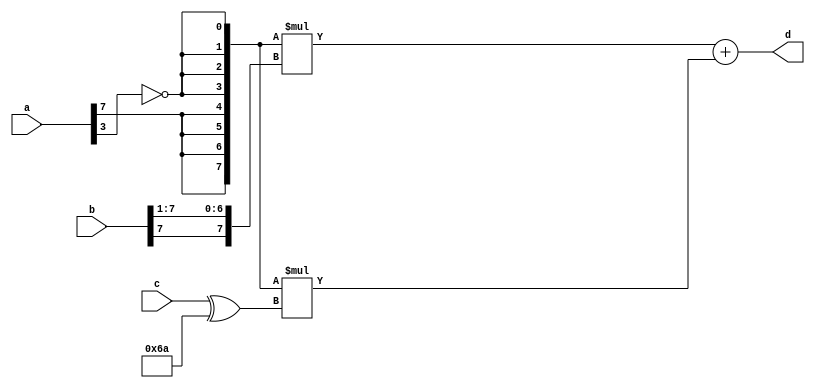
module top_word(a, b, c, d);
input [7:0] a;
input [7:0] b;
input [7:0] c;
output [7:0] d;

wire [7:0] np3_a = {{4{a[7]}}, {4{~a[3]}}};
wire [7:0] np3_b = {b[7], b[7:1]};
wire [7:0] np3_c = c ^ 8'b01101010;

assign d = np3_a*np3_b + np3_a*np3_c;

endmodule